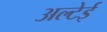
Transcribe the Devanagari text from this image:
अल्टेई